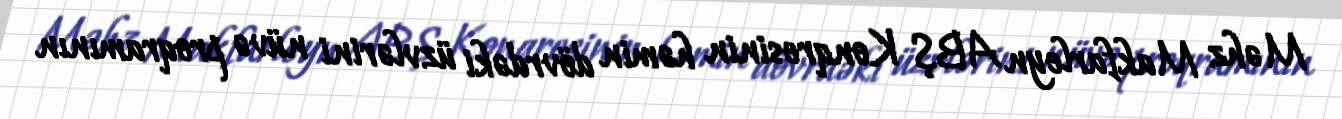
Məhz Makfarleyn ABŞ Konqresinin həmin dövrdəki üzvlərini nüvə proqramının